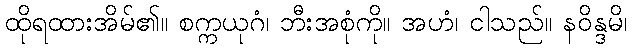
ထိုရထားအိမ်၏။ စက္ကယုဂံ၊ ဘီးအစုံကို။ အဟံ၊ ငါသည်။ နဝိန္ဒမိ၊